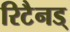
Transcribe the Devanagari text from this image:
रिटैनड्